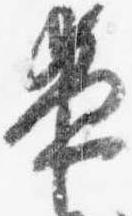
夜